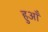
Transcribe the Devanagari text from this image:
हुआँ